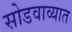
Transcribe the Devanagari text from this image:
सोडवाव्यात